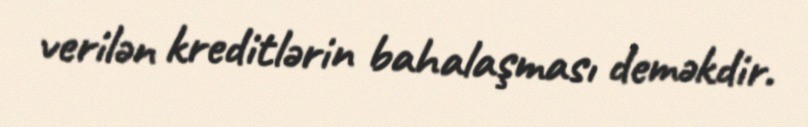
verilən kreditlərin bahalaşması deməkdir.